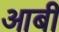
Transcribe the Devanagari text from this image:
आबी